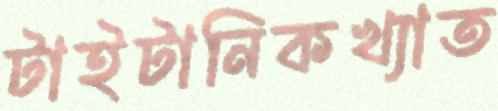
টাইটানিকখ্যাত